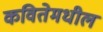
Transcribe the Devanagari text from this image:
कवितेमधील